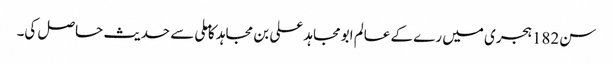
سن182ہجری میں رے کے عالم ابومجاہد علی بن مجاہد کا ملی سے حدیث حاصل کی۔